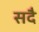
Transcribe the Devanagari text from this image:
सदै